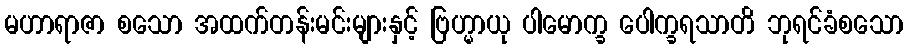
မဟာရာဇာ စသော အထက်တန်းမင်းများနှင့် ဗြဟ္မာယု ပါမောက္ခ ပေါက္ခရသာတိ ဘုရင်ခံစသော